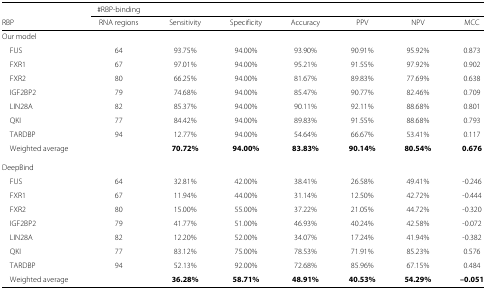
<table><thead><tr><td></td><td><b>#RBP-binding</b></td><td></td><td></td><td></td><td></td><td></td><td></td></tr><tr><td><b>RBP</b></td><td><b>RNA regions</b></td><td><b>Sensitivity</b></td><td><b>Specificity</b></td><td><b>Accuracy</b></td><td><b>PPV</b></td><td><b>NPV</b></td><td><b>MCC</b></td></tr></thead><tbody><tr><td>Our model</td><td></td><td></td><td></td><td></td><td></td><td></td><td></td></tr><tr><td>FUS</td><td>64</td><td>93.75%</td><td>94.00%</td><td>93.90%</td><td>90.91%</td><td>95.92%</td><td>0.873</td></tr><tr><td>FXR1</td><td>67</td><td>97.01%</td><td>94.00%</td><td>95.21%</td><td>91.55%</td><td>97.92%</td><td>0.902</td></tr><tr><td>FXR2</td><td>80</td><td>66.25%</td><td>94.00%</td><td>81.67%</td><td>89.83%</td><td>77.69%</td><td>0.638</td></tr><tr><td>IGF2BP2</td><td>79</td><td>74.68%</td><td>94.00%</td><td>85.47%</td><td>90.77%</td><td>82.46%</td><td>0.709</td></tr><tr><td>LIN28A</td><td>82</td><td>85.37%</td><td>94.00%</td><td>90.11%</td><td>92.11%</td><td>88.68%</td><td>0.801</td></tr><tr><td>QKI</td><td>77</td><td>84.42%</td><td>94.00%</td><td>89.83%</td><td>91.55%</td><td>88.68%</td><td>0.793</td></tr><tr><td>TARDBP</td><td>94</td><td>12.77%</td><td>94.00%</td><td>54.64%</td><td>66.67%</td><td>53.41%</td><td>0.117</td></tr><tr><td>Weighted average</td><td></td><td><b>70.72%</b></td><td><b>94.00%</b></td><td><b>83.83%</b></td><td><b>90.14%</b></td><td><b>80.54%</b></td><td><b>0.676</b></td></tr><tr><td>DeepBind</td><td></td><td></td><td></td><td></td><td></td><td></td><td></td></tr><tr><td>FUS</td><td>64</td><td>32.81%</td><td>42.00%</td><td>38.41%</td><td>26.58%</td><td>49.41%</td><td>-0.246</td></tr><tr><td>FXR1</td><td>67</td><td>11.94%</td><td>44.00%</td><td>31.14%</td><td>12.50%</td><td>42.72%</td><td>-0.444</td></tr><tr><td>FXR2</td><td>80</td><td>15.00%</td><td>55.00%</td><td>37.22%</td><td>21.05%</td><td>44.72%</td><td>-0.320</td></tr><tr><td>IGF2BP2</td><td>79</td><td>41.77%</td><td>51.00%</td><td>46.93%</td><td>40.24%</td><td>42.58%</td><td>-0.072</td></tr><tr><td>LIN28A</td><td>82</td><td>12.20%</td><td>52.00%</td><td>34.07%</td><td>17.24%</td><td>41.94%</td><td>-0.382</td></tr><tr><td>QKI</td><td>77</td><td>83.12%</td><td>75.00%</td><td>78.53%</td><td>71.91%</td><td>85.23%</td><td>0.576</td></tr><tr><td>TARDBP</td><td>94</td><td>52.13%</td><td>92.00%</td><td>72.68%</td><td>85.96%</td><td>67.15%</td><td>0.484</td></tr><tr><td>Weighted average</td><td></td><td><b>36.28%</b></td><td><b>58.71%</b></td><td><b>48.91%</b></td><td><b>40.53%</b></td><td><b>54.29%</b></td><td><b>–0.051</b></td></tr></tbody></table>